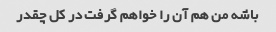
باشه من هم آن را خواهم گرفت در کل چقدر